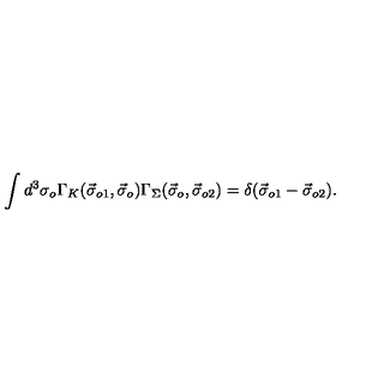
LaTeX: \int d ^ { 3 } \sigma _ { o } \Gamma _ { K } ( \vec { \sigma } _ { o 1 } , \vec { \sigma } _ { o } ) \Gamma _ { \Sigma } ( \vec { \sigma } _ { o } , \vec { \sigma } _ { o 2 } ) = \delta ( \vec { \sigma } _ { o 1 } - \vec { \sigma } _ { o 2 } ) .